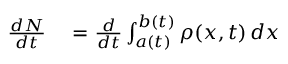
\begin{array} { r l } { { } { \frac { d N } { d t } } } & { { } = { \frac { d } { d t } } \int _ { a ( t ) } ^ { b ( t ) } \rho ( x , t ) \, d x } \end{array}